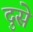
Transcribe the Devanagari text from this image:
दुसे